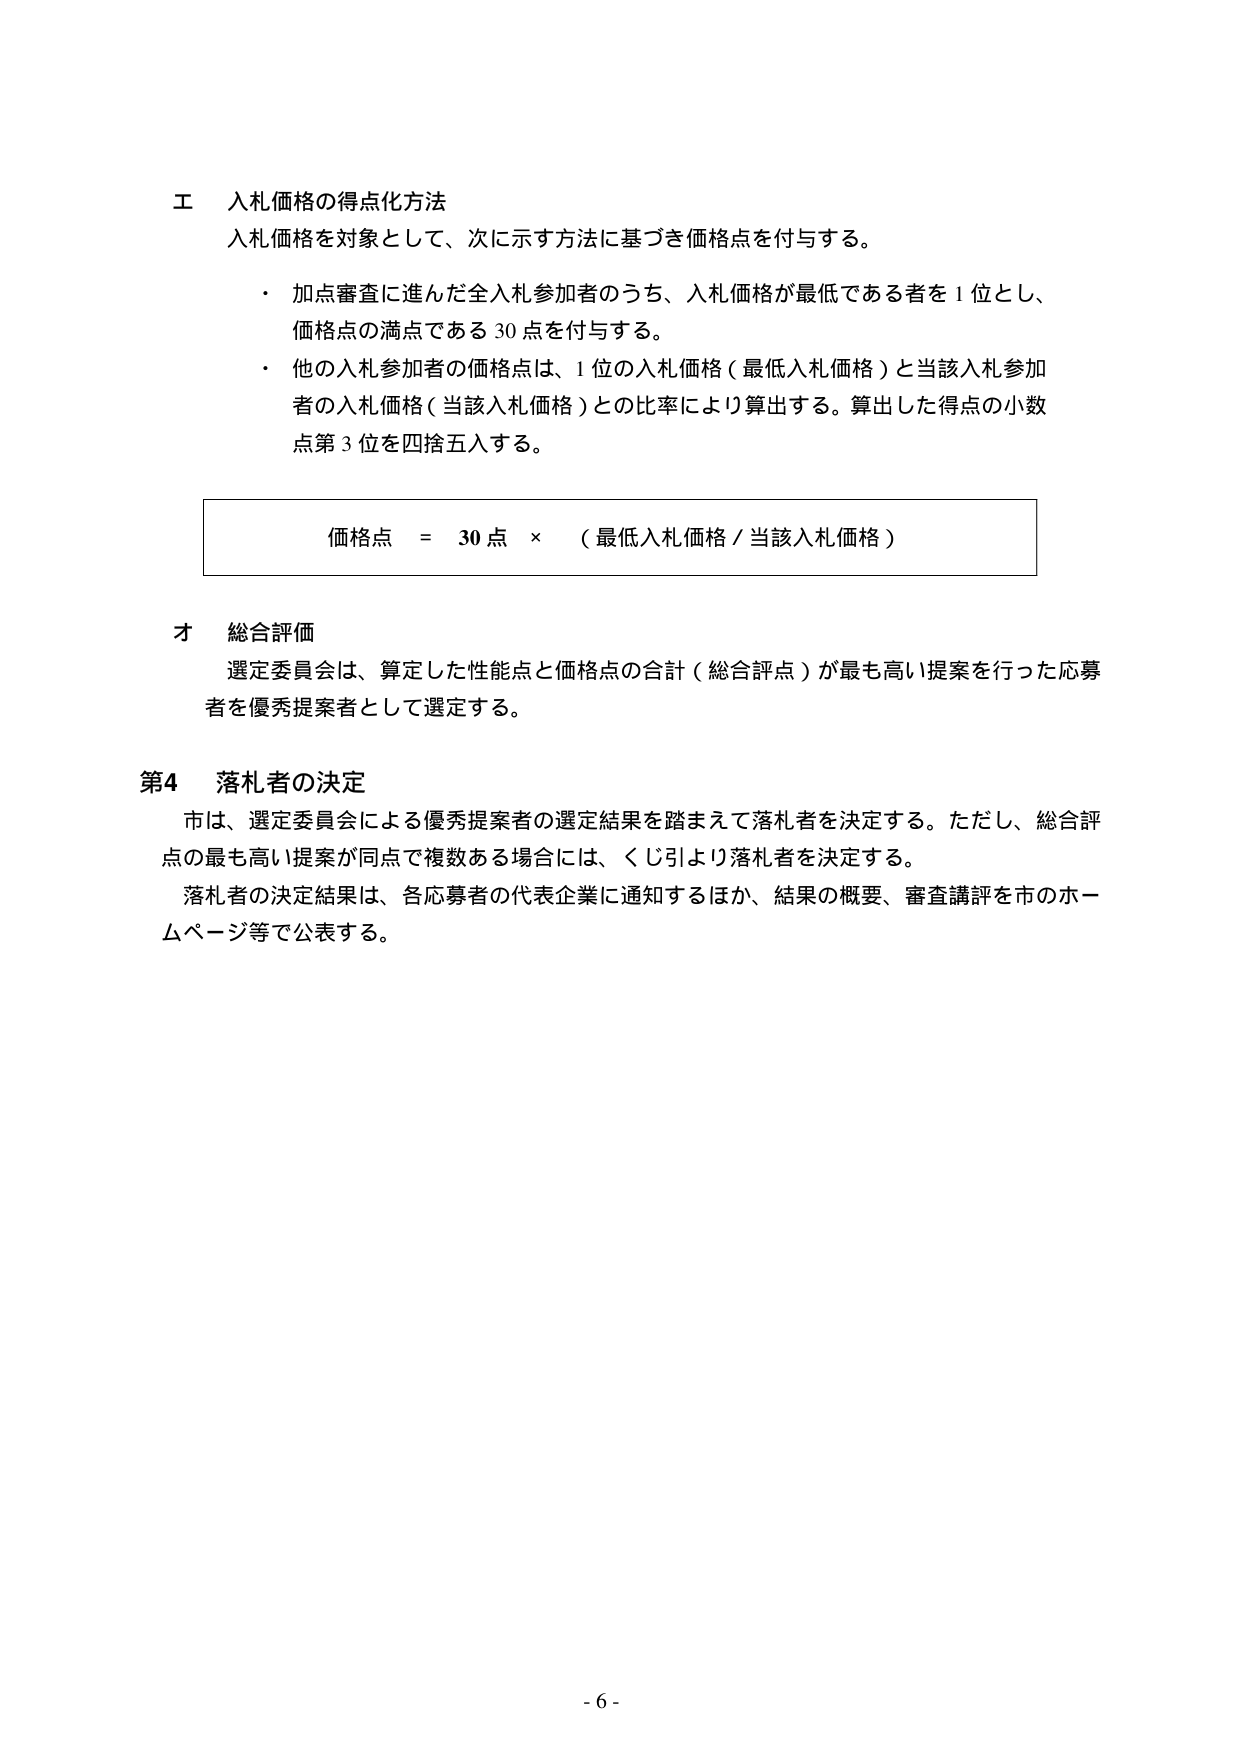
工 入札価格の得点化方法
入札価格を対象として、次に示す方法に基づき価格点を付与する。
・ 加点審査に進んだ全入札参加者のうち、入札価格が最低である者を1位とし、
価格点の満点である30点を付与する。
・ 他の入札参加者の価格点は、1位の入札価格（最低入札価格）と当該入札参加
者の入札価格（当該入札価格）との比率により算出する。算出した得点の小数
点第3位を四捨五入する。

価格点 = 30点 × （最低入札価格 / 当該入札価格）

オ 総合評価
選定委員会は、算定した性能点と価格点の合計（総合評点）が最も高い提案を行った応募
者を優秀提案者として選定する。

第4 落札者の決定
市は、選定委員会による優秀提案者の選定結果を踏まえて落札者を決定する。ただし、総合評
点の最も高い提案が同点で複数ある場合には、くじ引より落札者を決定する。
落札者の決定結果は、各応募者の代表企業に通知するほか、結果の概要、審査講評を市のホー
ムページ等で公表する。

- 6 -